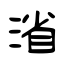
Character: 渻